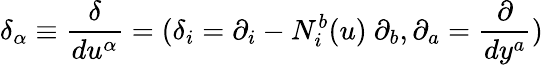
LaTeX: {\delta}_{\alpha}\equiv\frac{\delta}{du^{\alpha}}=(\delta_{i}=\partial_{i}-N_{i}^{b}(u)\ \partial_{b},\partial_{a}=\frac{\partial}{dy^{a}})